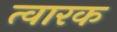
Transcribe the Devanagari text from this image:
त्वारक